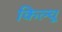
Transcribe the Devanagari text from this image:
किल्चू